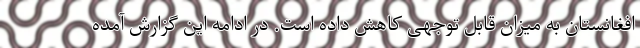
افغانستان به میزان قابل توجهی کاهش داده است. در ادامه این گزارش آمده